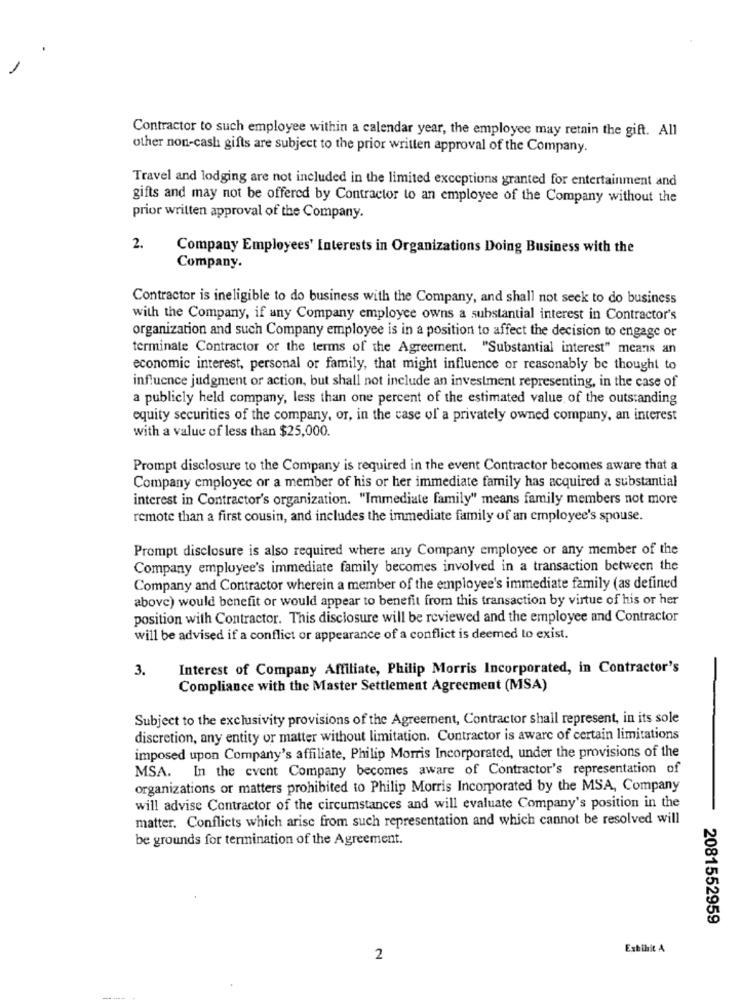
Contractor to such employee within a calendar year, the employee may retain the gift. All
other non-cash gifts are subject to the prior written approval of the Company.
Travel and lodging are not included in the limited exceptions granted for entertainment and
gifts and may not be offered by Contractor to an employee of the Company without the
prior written approval of the Company.
2.
Company Employees' Interests in Organizations Doing Business with the
Company.
Contractor is ineligible to do business with the Company, and shall not seek to do business
with the Company, if any Company employee owns a substantial interest in Contractor's
organization and such Company employee is in a position to affect the decision to engage or
terminale Contractor or the terms of the Agreement. "Substantial interest" means an
economic interest, personal or family, that might influence or reasonably be thought to
influence judgment or action, but shall not include an investment representing, in the case of
a publicly held company, less than one percent of the estimated value of the outstanding
equity securities of the company, or, in the case of a privately owned company, an interest
with a value of less than $25,000.
Prompt disclosure to the Company is required in the event Contractor becomes aware that a
Company employee or a member of his or her immediate family has acquired a substantial
interest in Contractor's organization. "Immediate family" means family members not more
remote than a first cousin, and includes the immediate family of an employee's spouse.
Prompt disclosure is also required where any Company employee or any member of the
Company employee's immediate family becomes involved in a transaction between the
Company and Contractor wherein a member of the employee's immediate family (as defined
above) would benefit or would appear to benefit from this transaction by virtue of his or her
position with Contractor. This disclosure will be reviewed and the employee and Contractor
will be advised if a conflict or appearance of a conflict is deemed to exist.
3.
Interest of Company Affiliate, Philip Morris Incorporated, in Contractor's
Compliance with the Master Settlement Agreement (MSA)
Subject to the exclusivity provisions of the Agreement, Contractor shall represent, in its sole
discretion, any entity or matter without limitation. Contractor is aware of certain limitations
imposed upon Company's affiliate, Philip Morris Incorporated, under the provisions of the
MSA. In the event Company becomes aware of Contractor's representation of
organizations or matters prohibited to Philip Morris Incorporated by the MSA, Company
will advise Contractor of the circumstances and will evaluate Company's position in the
matter. Conflicts which arise from such representation and which cannot be resolved will
be grounds for termination of the Agreement.
2081552959
Exhibit A
2